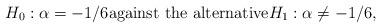
LaTeX: \begin{align*}H_0: \alpha = -1/6 \textnormal{against the alternative} H_1: \alpha \neq -1/6,\end{align*}